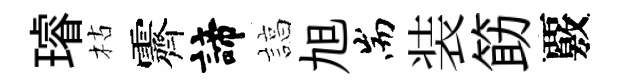
璿枯霽諦諄旭耑装筯覈